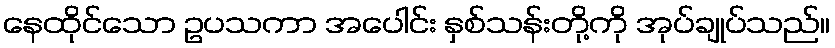
နေထိုင်သော ဥပသကာ အပေါင်း နှစ်သန်းတို့ကို အုပ်ချုပ်သည်။